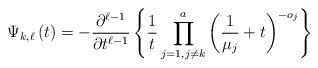
LaTeX: \begin{align*}\Psi_{k,\ell}\left(t\right) = - \frac{\partial^{\ell - 1}}{\partial t^{\ell - 1}} \left\{\frac{1}{t}\prod_{j = 1, j \neq k}^a \left(\frac{1}{\mu_j} + t\right)^{-o_j} \right\}\end{align*}